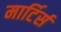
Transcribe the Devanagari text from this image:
मार्टिर्स